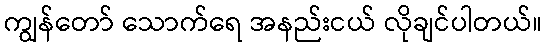
ကျွန်တော် သောက်ရေ အနည်းငယ် လိုချင်ပါတယ်။